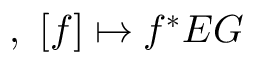
, \, \, [ f ] \mapsto f ^ { * } E G